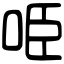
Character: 𠱸